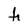
Character: h